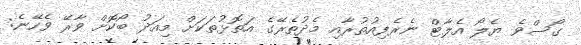
ގޯސްވެ ޔެލޯ އެލާޓް ނެރެފިއުތުރާއި މެދުތެރޭގެ އަތޮޅުތަކަށް މިއަދު ބޯކޮށް ވާރޭ ވެހޭނެ: